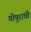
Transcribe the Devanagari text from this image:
गोपुरांची